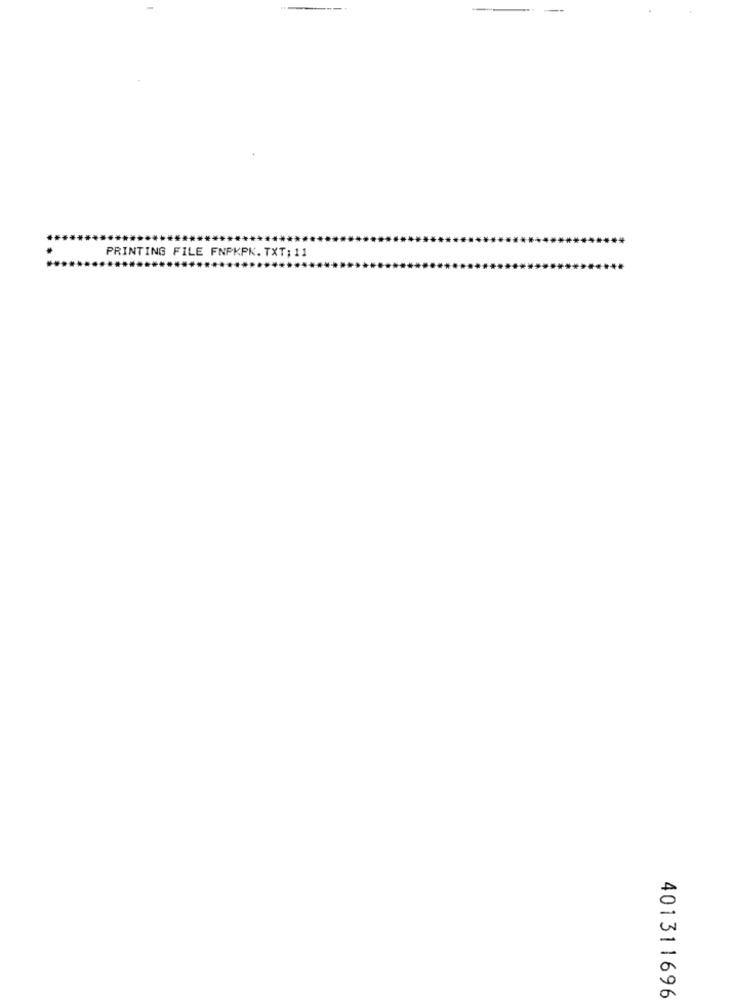
--
--
PRINTING FILE FNPKPK. TXT; 11
401311696